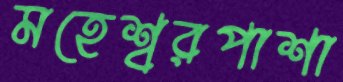
মহেশ্বরপাশা